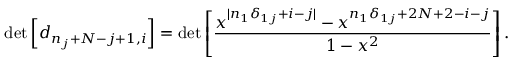
\operatorname * { d e t } \left[ d _ { n _ { j } + N - j + 1 , i } \right] = \operatorname * { d e t } \left[ \frac { x ^ { | n _ { 1 } \delta _ { 1 j } + i - j | } - x ^ { n _ { 1 } \delta _ { 1 j } + 2 N + 2 - i - j } } { 1 - x ^ { 2 } } \right] .